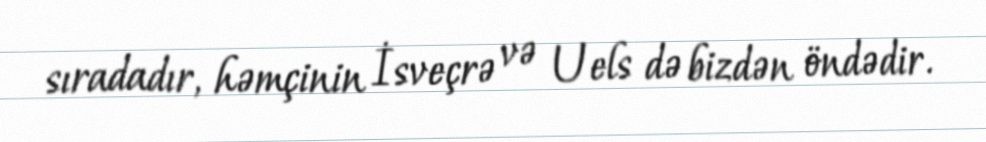
sıradadır, həmçinin İsveçrə və Uels də bizdən öndədir.